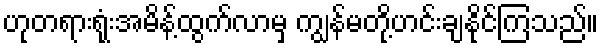
ဟုတရားရုံးအမိန့်ထွက်လာမှ ကျွန်မတို့ဟင်းချနိုင်ကြသည်။